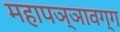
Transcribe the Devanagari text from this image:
महापञ्ञावग्ग